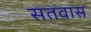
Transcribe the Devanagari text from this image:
सतवास